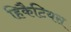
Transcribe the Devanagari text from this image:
हिकैटियस